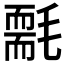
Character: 𣰄